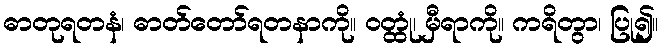
ဓာတုရတနံ၊ ဓာတ်တော်ရတနာကို။ ဝတ္ထုံ၊ မှီရာကို။ ကရိတွာ၊ ပြု၍။